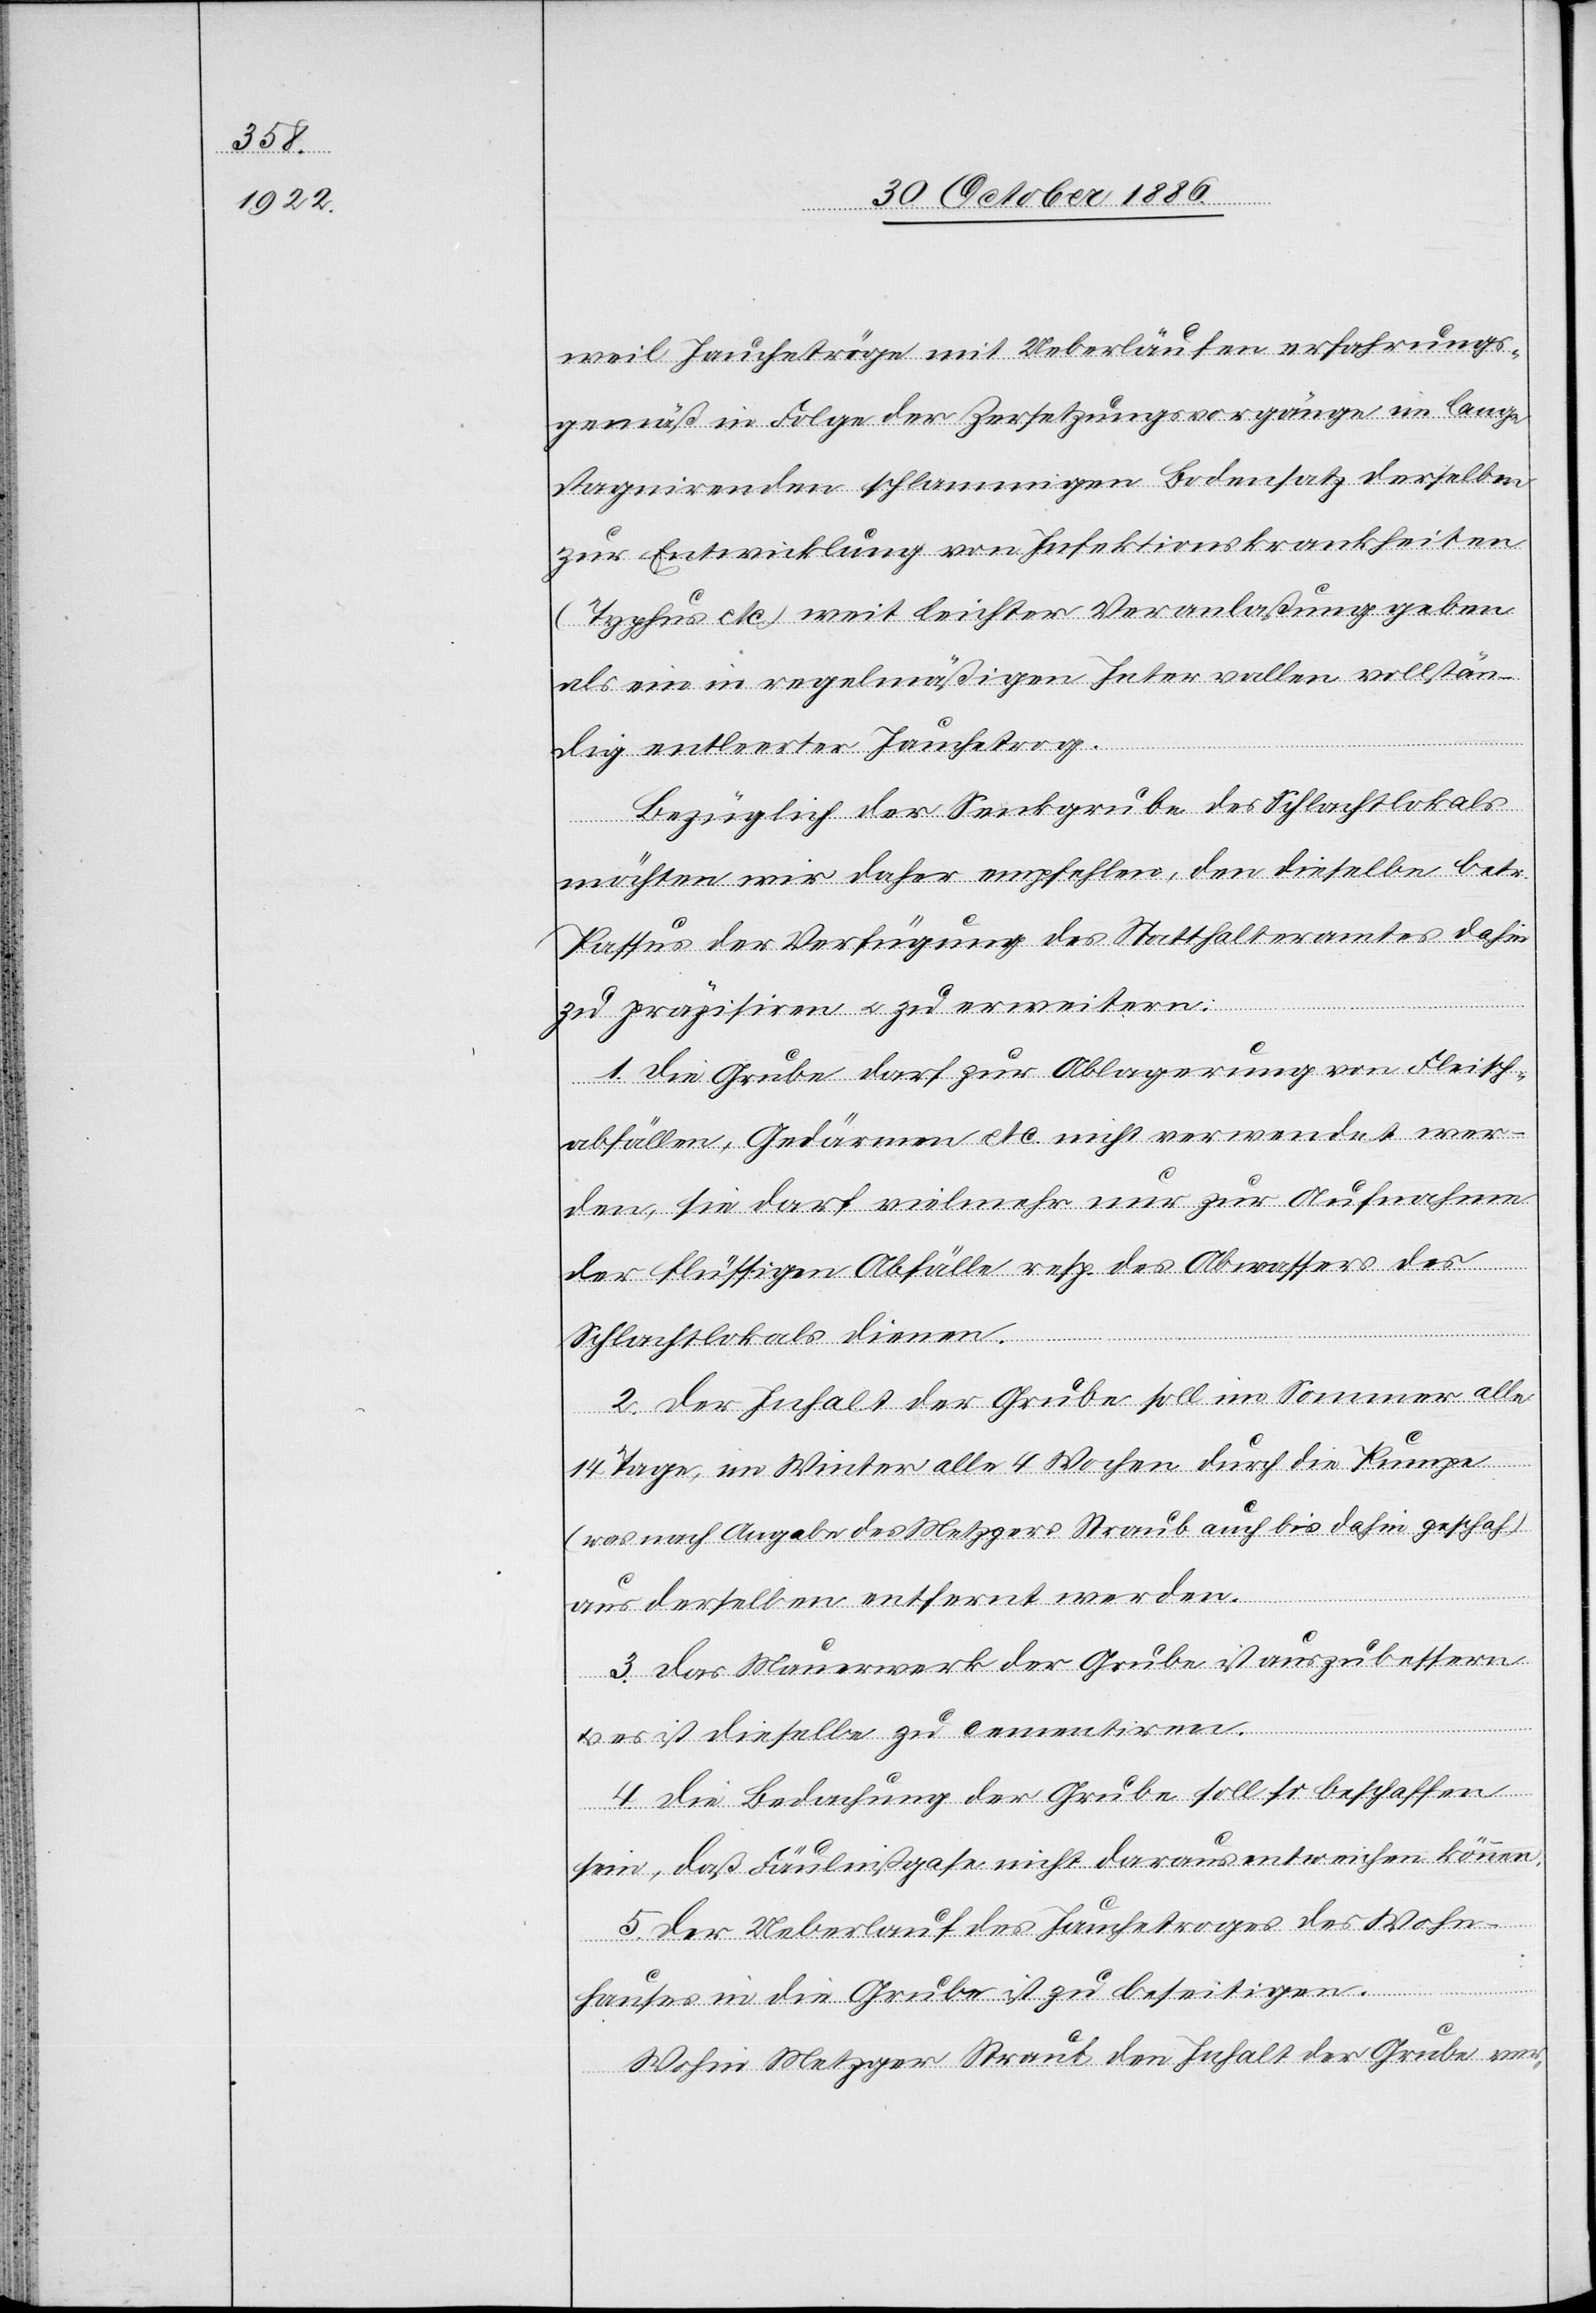
weil Jauchetröge mit Ueberläufen erfahrungs¬
gemäß in Folge der Zersetzungsvorgänge im lange
stagnirenden schlammigen Bodensatz derselben
zur Entwicklung von Infektionskrankheiten
(Typhus etc.) weit leichter Veranlaßung geben
als ein in regelmäßigen Intervallen vollstän¬
dig entleerter Jauchetrog.
Bezüglich der Senkgrube des Schlachtlokals
möchten wir daher empfehlen, den dieselbe betr.
Passus der Verfügung des Statthalteramtes dahin
zu präzisiren & zu erweitern:
1. Die Grube darf zur Ablagerung von Fleisch¬
abfällen, Gedärmen etc. nicht verwendet wer¬
den, sie darf vielmehr nur zur Aufnahme
der flüchtigen Abfälle resp. des Abwassers des
Schlachtlokals dienen.
2. Der Inhalt der Grube soll im Sommer alle
14 Tage, im Winter alle 4 Wochen durch die Pumpe
(was nach Angabe des Metzgers Straub auch bis dahin geschah)
aus derselben entfernt werden.
3. Das Mauerwerk der Grube ist auszubessern
& es ist dieselbe zu cementiren.
4. Die Bedachung der Grube soll so beschaffen
sein, daß Fäulnißgase nicht daraus entweichen können.
5. Der Ueberlauf des Jauchetroges des Wohn¬
hauses in die Grube ist zu beseitigen.
Wohin Metzger Straub den Inhalt der Grube ver-